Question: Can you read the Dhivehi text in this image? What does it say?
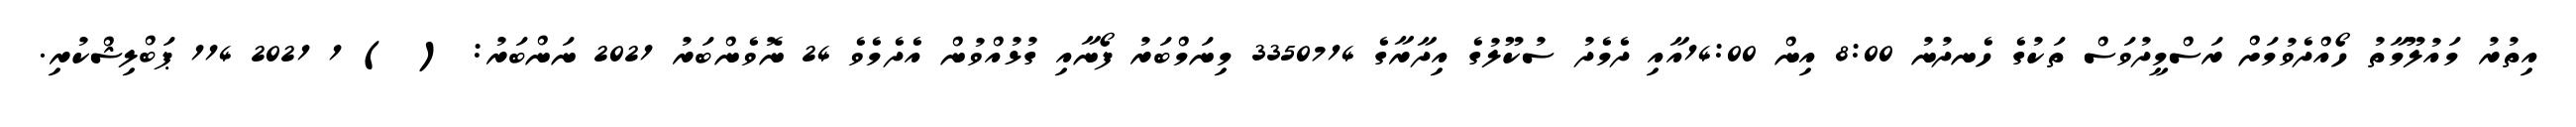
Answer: އިތުރު މައުލޫމާތު ހޯއްދެވުމަށް ރަސްމީދުވަސް ތަކުގެ ހެނދުނު 8:00 އިން 14:00އާއި ދެމެދު ސުކޫލުގެ އިދާރާގެ 3350714 މިނަމްބަރު ފޯނާއި ގުޅުއްވުން އެދެމެވެ 24 ނޮވެންބަރު 2021 ނަންބަރު: ( ) 1 2021 114 ޕަބްލިޝްކުރި.